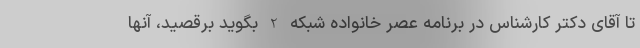
تا آقای دکتر کارشناس در برنامه عصر خانواده شبکه 2 بگوید برقصید، آنها